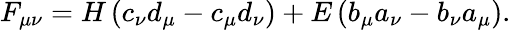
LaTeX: F_{\mu\nu}=H\left(c_{\nu}d_{\mu}-c_{\mu}d_{\nu}\right)+E\left(b_{\mu}a_{\nu}-b_{\nu}a_{\mu}\right).